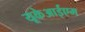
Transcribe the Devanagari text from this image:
यूकेआईएम